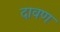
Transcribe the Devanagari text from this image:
दावण